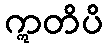
ဣတိပိ